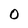
Character: 0